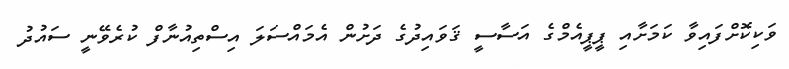
ވަކިކޮށްފައިވާ ކަމަށާއި ޕީޕީއެމްގެ އަސާސީ ޤަވައިދުގެ ދަށުން އެމައްސަލަ އިސްތިއުނާފް ކުރެވޭނީ ސައުދު